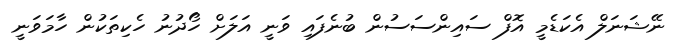
ނޭޝަނަލް އެކަޑެމީ އޮފް ސައިންސަސުން ބުނެފައި ވަނީ އަލަށް ހޯދުނު ހެކިތަކުން ހާމަވަނީ